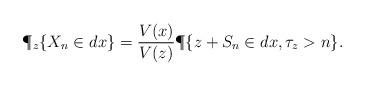
LaTeX: \begin{align*}\P_z\{X_n\in dx\}=\frac{V(x)}{V(z)}\P\{z+S_n\in dx,\tau_z>n\}.\end{align*}